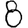
Digit: 8